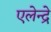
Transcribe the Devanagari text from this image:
एलेन्द्रे